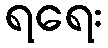
ရရေး